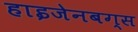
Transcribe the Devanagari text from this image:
हाइजेनबग्स